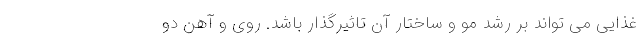
غذایی می تواند بر رشد مو و ساختار آن تاثیرگذار باشد. روی و آهن دو